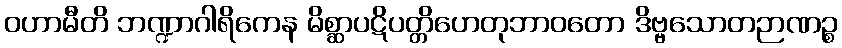
ဝဟာမီတိ ဘဏ္ဍာဂါရိကေန မိစ္ဆာပဋိပတ္တိဟေတုဘာဝတော ဒိဗ္ဗသောတဉာဏဉ္စ